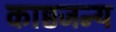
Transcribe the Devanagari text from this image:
काष्ठजन्य